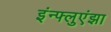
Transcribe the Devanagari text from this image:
इंन्फ्लुएंझा